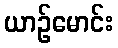
ယာဉ်မောင်း